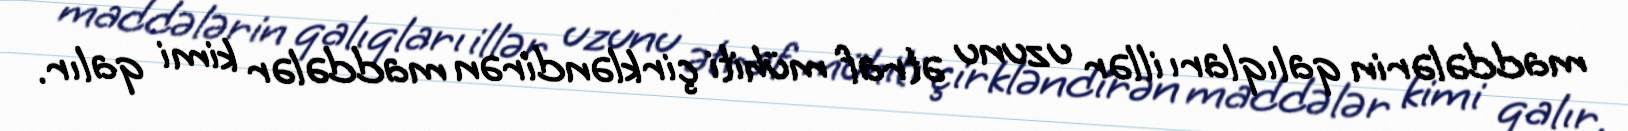
maddələrin qalıqları illər uzunu ətraf mühiti çirkləndirən maddələr kimi qalır.